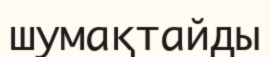
шумақтайды